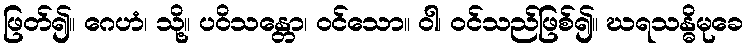
ဖြတ်၍။ ဂေဟံ၊ သို့။ ပဝိသန္တော၊ ဝင်သော။ ဝါ၊ ဝင်သည်ဖြစ်၍။ ဃရသန္ဓိမုခေ